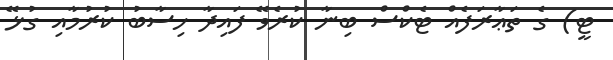
ޓީ) ގެ ތަޢާރަފެއް ޓެކްސް ބިނާ ކުރެވޭ ފައިދާ ހިސާބު ކުރުމާއި ގުޅޭ